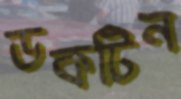
ডকটিন